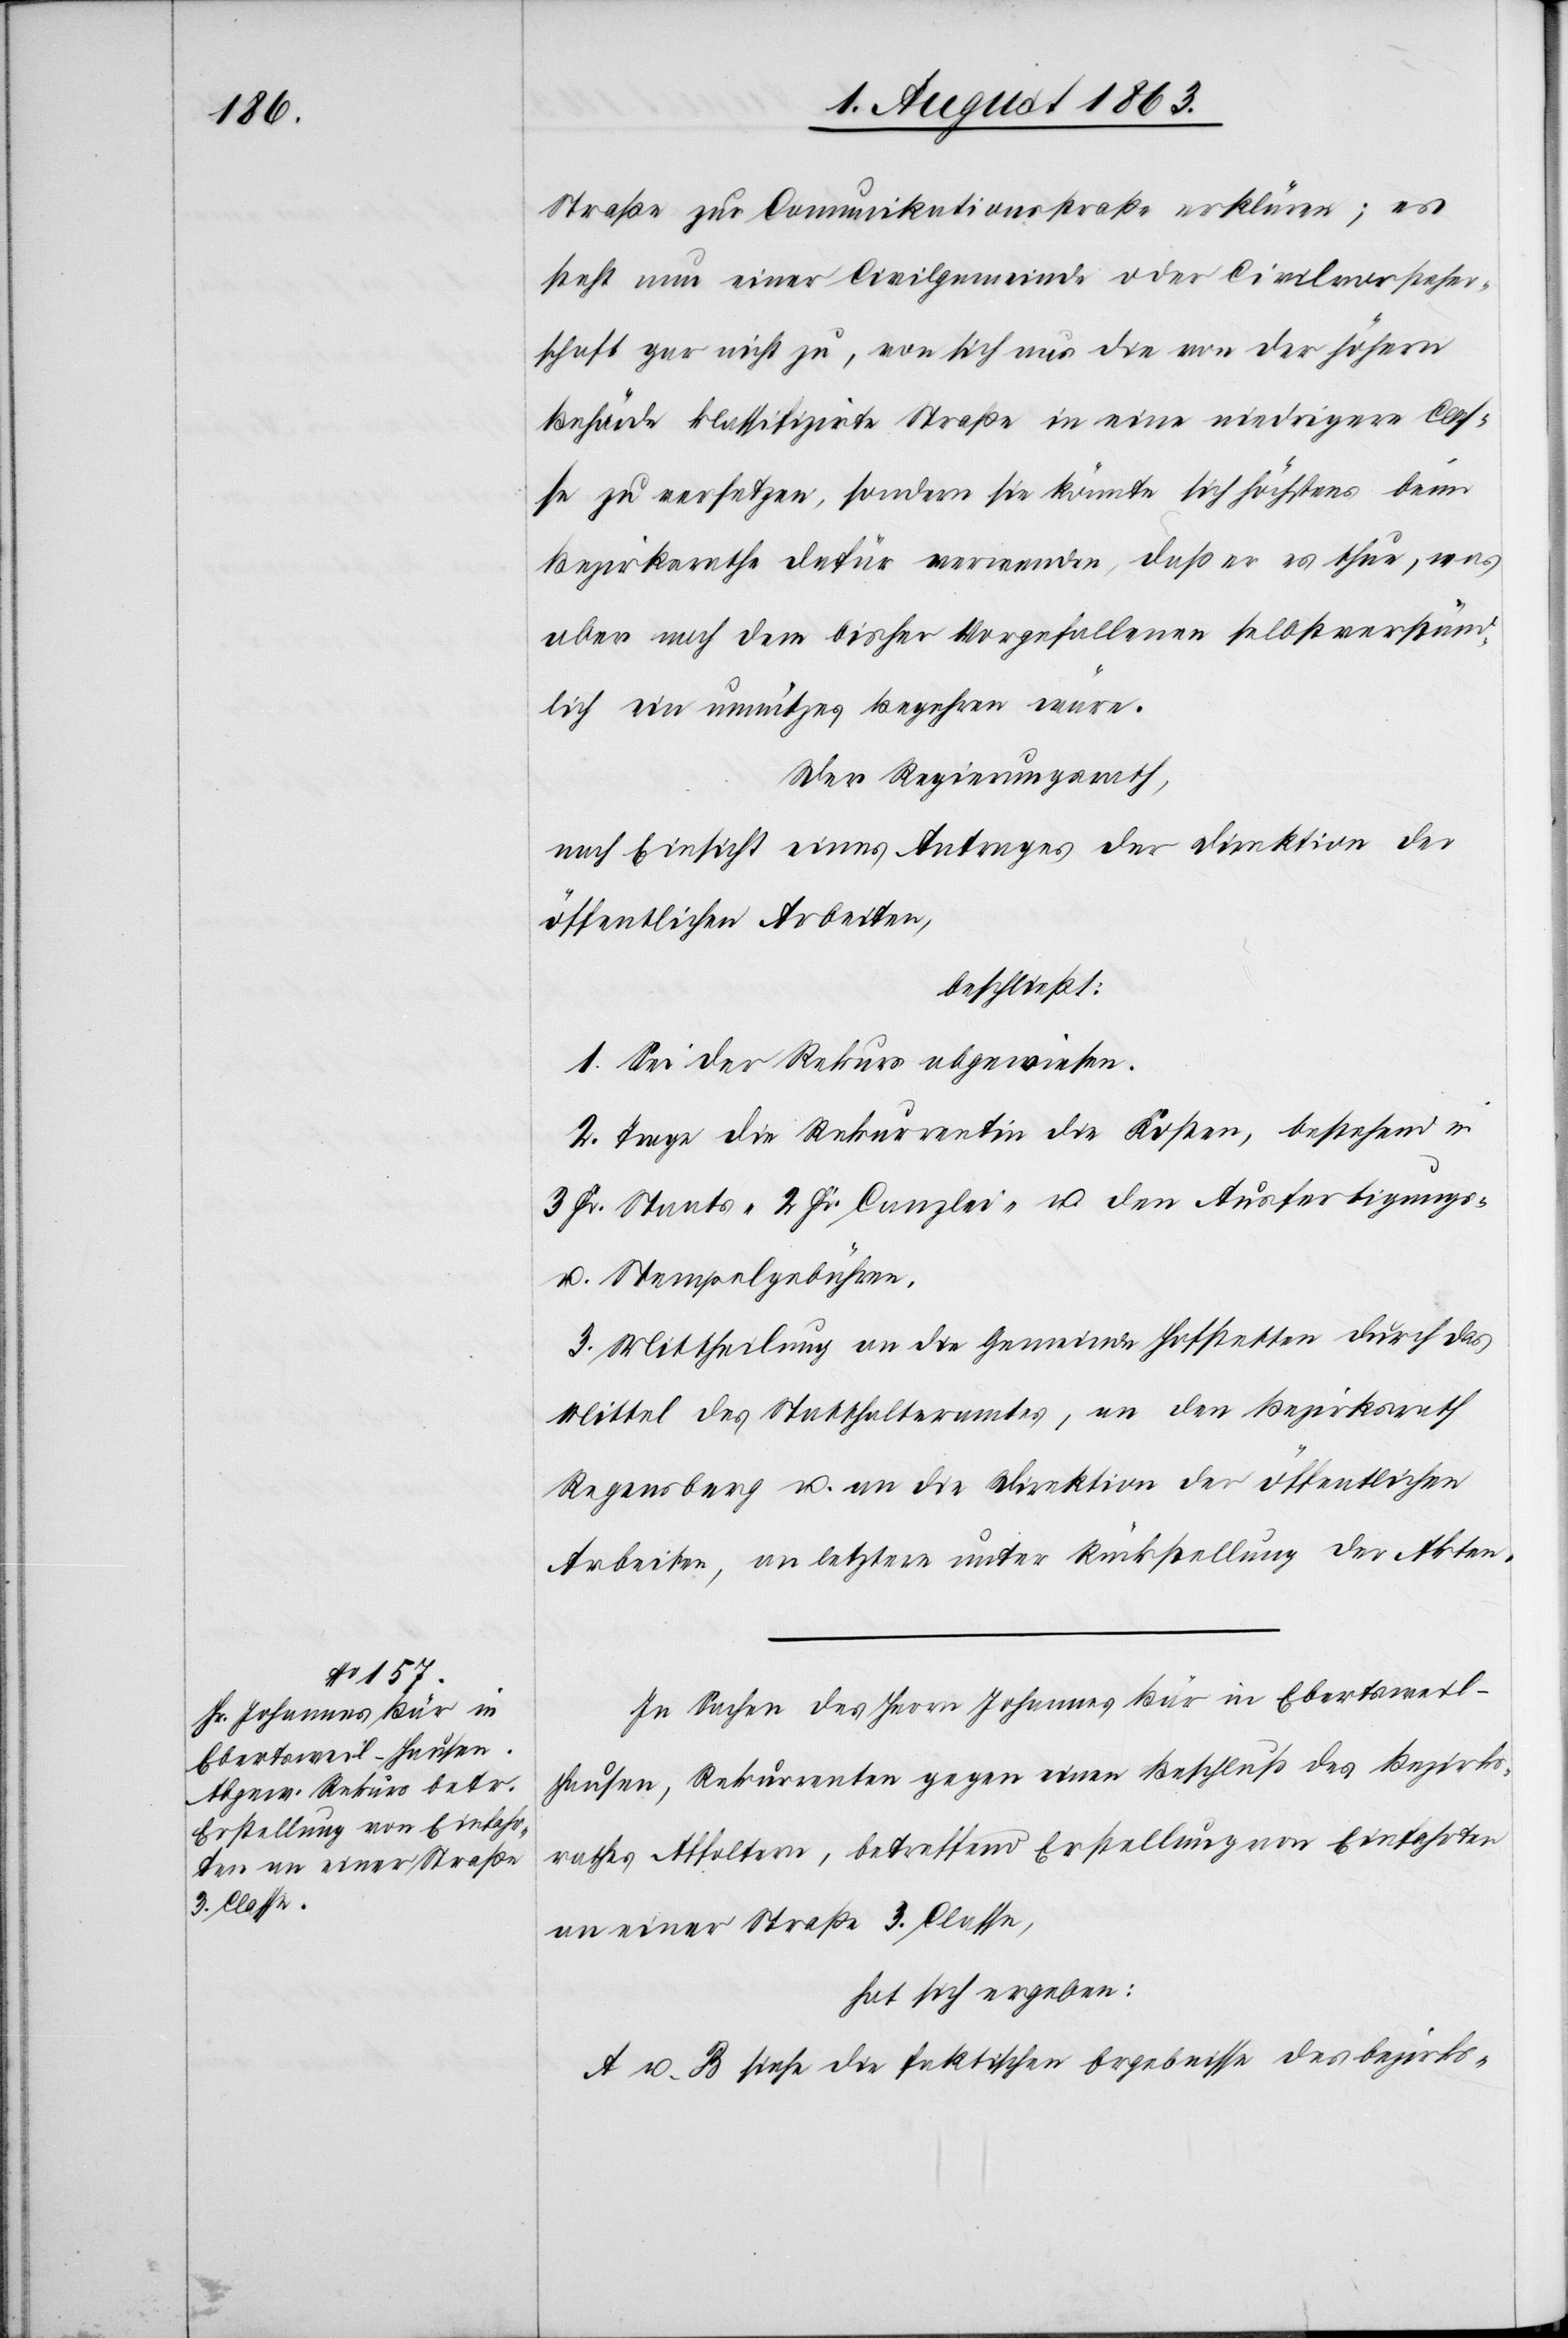
Straße zur Comunikationsstraße erklären; es
steht nun einer Civilgemeinde oder Civilvorsteher¬
schaft gar nicht zu, von sich aus die von der höhern
Behörde klassifizirte Straße in eine niedrigere Clas¬
se zu versetzen, sondern sie könnte sich höchstens beim
Bezirksrathe dafür verwenden, daß er es thue, was
aber nach dem bisher Vorgefallenen selbstverstän¬
dlich ein unnützes Begehren wäre.
Der Regierungsrath,
nach Einsicht eines Antrages der Direktion der
öffentlichen Arbeiten,
beschließt:
1. Sei der Rekurs abgewiesen.
2. Trage die Rekurrentin die Kosten, bestehend in
3 Fr. Staats-[,] 2 Fr. Canzlei- u. den Ausfertigungs-
u. Stempelgebühren.
3. Mittheilung an die Gemeinde Hofstetten durch das
Mittel des Statthalteramtes, an den Bezirksrath
Regensberg u. an die Direktion der öffentlichen
Arbeiten, an letztere unter Rückstellung der Akten.
In Sachen des Herrn Johannes Bär in Ebertsweil-H¬
ausen, Rekurrenten gegen einen Beschluß des Bezirks¬
rathes Affoltern, betreffend Erstellung von Einfahrten
an einer Straße 3. Classe,
hat sich ergeben:
A u. B siehe die faktischen Ergebnisse des bezirks-